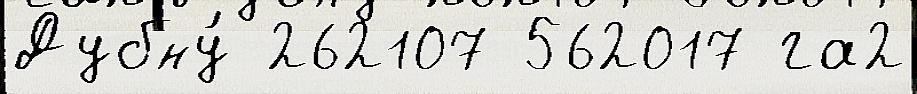
Дубну́ 262107 562017 га2